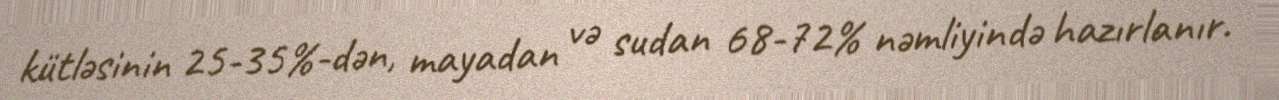
kütləsinin 25-35%-dən, mayadan və sudan 68-72% nəmliyində hazırlanır.